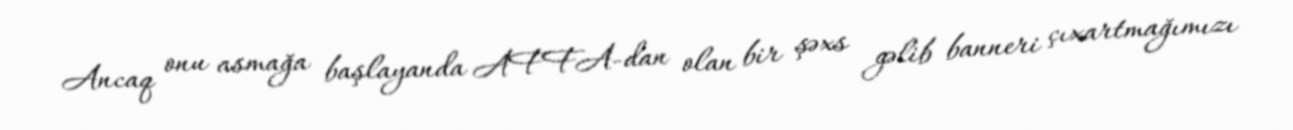
Ancaq onu asmağa başlayanda AFFA-dan olan bir şəxs gəlib banneri çıxartmağımızı